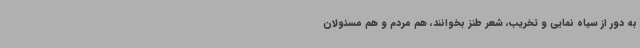
به دور از سیاه نمایی و تخریب، شعر طنز بخوانند، هم مردم و هم مسئولان